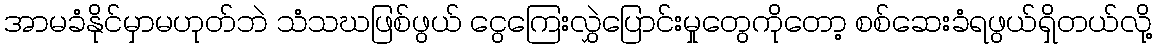
အာမခံနိုင်မှာမဟုတ်ဘဲ သံသဃဖြစ်ဖွယ် ငွေကြေးလွှဲပြောင်းမှုတွေကိုတော့ စစ်ဆေးခံရဖွယ်ရှိတယ်လို့